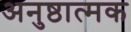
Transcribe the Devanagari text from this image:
अनुष्ठात्मक